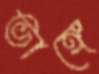
ভাঙ্গে